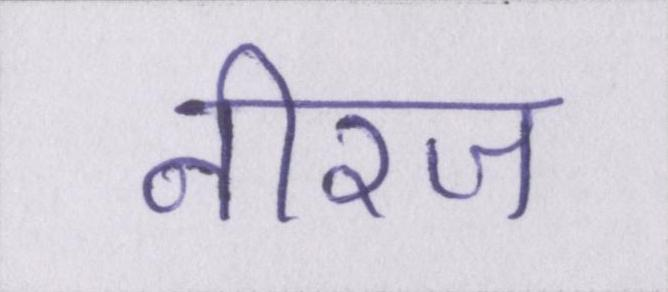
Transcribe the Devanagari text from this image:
नीरज